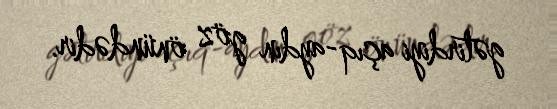
gətirdiyi açıq-aydın göz önündədir.